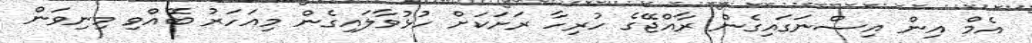
އެމް އިން އިސްނަގައިގެން ރާއްޖޭގެ ހުރިހާ ރަށަކަށް ހުޅުވާލައިގެން މިއަހަރު ބޭއްވި މިނިވަން